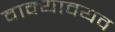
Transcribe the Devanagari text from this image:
वाक्यावयव